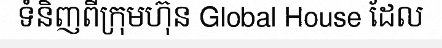
ទំនិញពីក្រុមហ៊ុន Global House ដែល